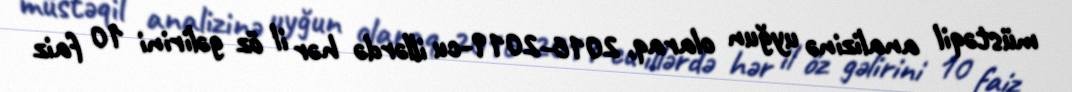
müstəqil analizinə uyğun olaraq, 2016-2019-cu illərdə hər il öz gəlirini 10 faiz